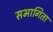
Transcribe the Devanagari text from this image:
सभागिता